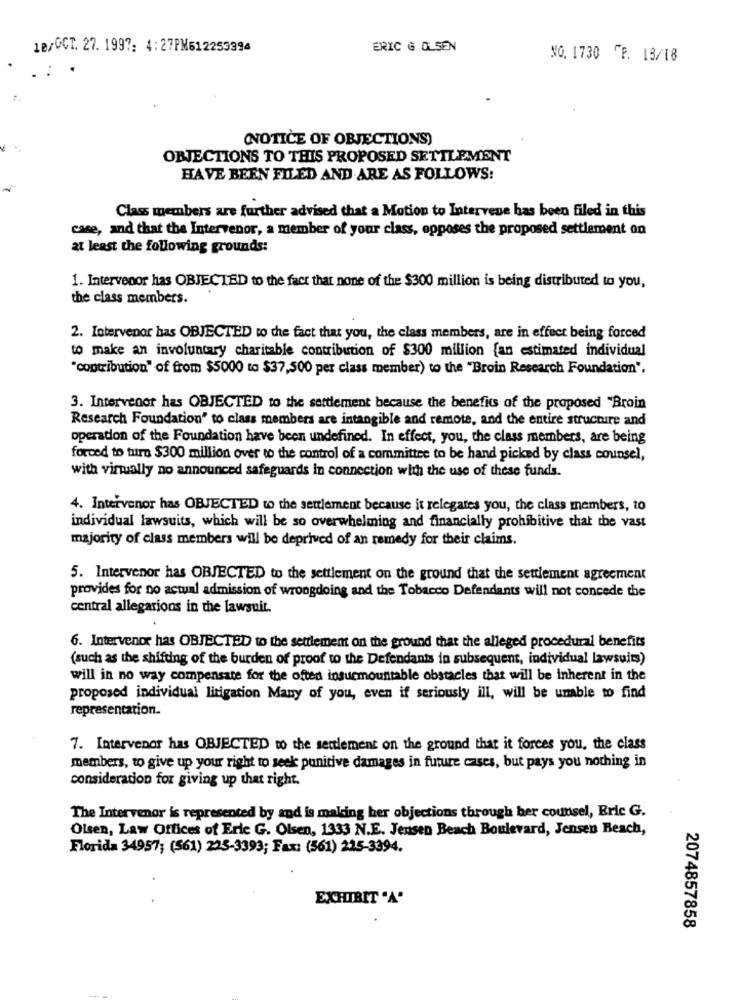
1B/GCT. 27. 1997: 4: 27PM612253394
ERIC G OLSEN
NO. 1730 FF. 18/18
(NOTICE OF OBJECTIONS)
OBJECTIONS TO THIS PROPOSED SETTLEMENT
HAVE BEEN FILED AND ARE AS FOLLOWS:
Class members are further advised that a Motion to Intervene has been filed in this
case, and that the Intervenor, a member of your class, opposes the proposed settlement on
at least the following grounds:
1. Intervenor has OBJECTED to the fact that none of the $300 million is being distributed to you,
the class members.
2. Intervenor has OBJECTED to the fact that you, the class members, are in effect being forced
to make an involuntary charitable contribution of $300 million [an estimated individual
"contribution" of from $5000 to $37,500 per class member) to the "Broin Research Foundation",
3. Intervenor has OBJECTED to the settlement because the benefits of the proposed "Broin
Research Foundation" to class members are intangible and remote, and the entire structure and
operation of the Foundation have been undefined. In effect, you, the class members, are being
forced to turn $300 million over to the control of a committee to be hand picked by class counsel,
with virtually no announced safeguards in connection with the use of these funds.
4. Intervenor has OBJECTED to the settlement because it relegates you, the class members, to
individual lawsuits, which will be so overwhelming and financially prohibitive that the vast
majority of class members will be deprived of an remedy for their claims.
5. Intervenor has OBJECTED to the settlement on the ground that the settlement agreement
provides for no actual admission of wrongdoing and the Tobacco Defendants will not concede the
central allegations in the lawsuit.
6. Intervenor has OBJECTED to the settlement on the ground that the alleged procedural benefits
(such as the shifting of the burden of proof to the Defendants in subsequent, individual lawsuits)
will in no way compensate for the often insurmountable obstacles that will be inherent in the
proposed individual litigation Many of you, even if seriously ill, will be unable to find
representation.
7. Intervenor has OBJECTED to the settlement on the ground that it forces you, the class
members, to give up your right to seek punitive damages in future cases, but pays you nothing in
consideration for giving up that right.
The Intervenor is represented by and is making her objections through her counsel, Eric G.
Olsen, Law Offices of Eric G. Olsen, 1333 N.E. Jensen Beach Boulevard, Jensen Beach,
Florida 34957; (561) 225-3393; Fax: (561) 225-3394.
EXHIBIT "A'
2074857858